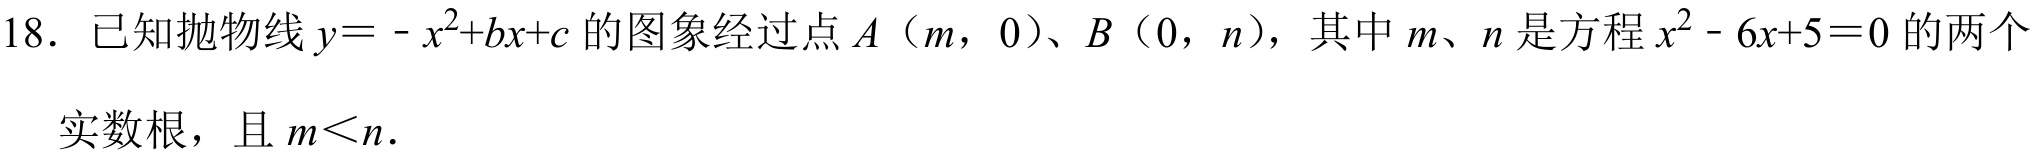
18. 已知抛物线\(y = -x^{2}+bx + c\)的图象经过点\(A\)（\(m\)，\(0\)）、\(B\)（\(0\)，\(n\)），其中\(m\)、\(n\)是方程\(x^{2}-6x + 5 = 0\)的两个实数根，且\(m < n\)．